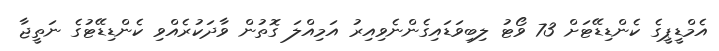
އެމްޑީޕީގެ ކެންޑިޑޭޓަށް 73 ވޯޓު ލިބިވަޑައިގެންނެވިއިރު އަމިއްލަ ގޮތުން ވާދަކުރެއްވި ކެންޑިޑޭޓުގެ ނަތީޖާ